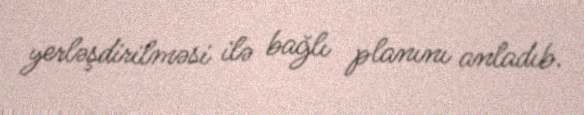
yerləşdirilməsi ilə bağlı planını anladıb.